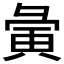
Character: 𫹆